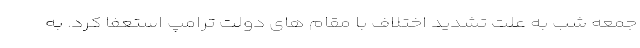
جمعه شب به علت تشدید اختلاف با مقام های دولت ترامپ استعفا کرد. به